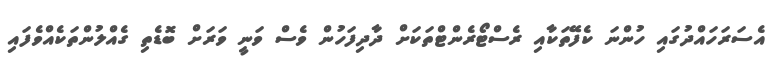
އެސަރަހައްދުގައި ހުންނަ ކެފޭތަކާއި ރެސްޓޯރެންޓްތަކަށް ދާދިފަހުން ވެސް ވަނީ ވަރަށް ބޮޑެތި ގެއްލުންތަކެއްވެފައި